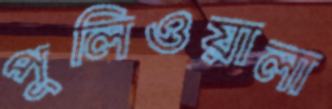
পুলিওয়ালা